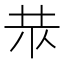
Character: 𱽓